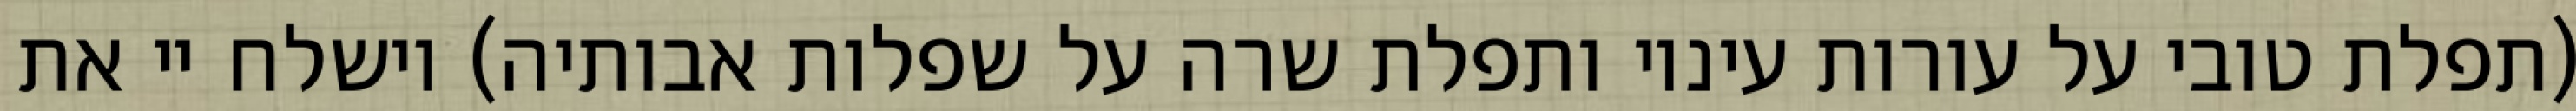
(תפלת טובי על עורות עיניו ותפלת שרה על שפלות אבותיה) וישלח יי את